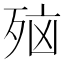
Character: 𪵂